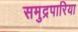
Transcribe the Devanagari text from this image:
समुद्रपारिया